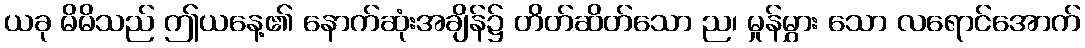
ယခု မိမိသည် ဤယနေ့၏ နောက်ဆုံးအချိန်၌ တိတ်ဆိတ်သော ည၊ မှုန်မွှား သော လရောင်အောက်